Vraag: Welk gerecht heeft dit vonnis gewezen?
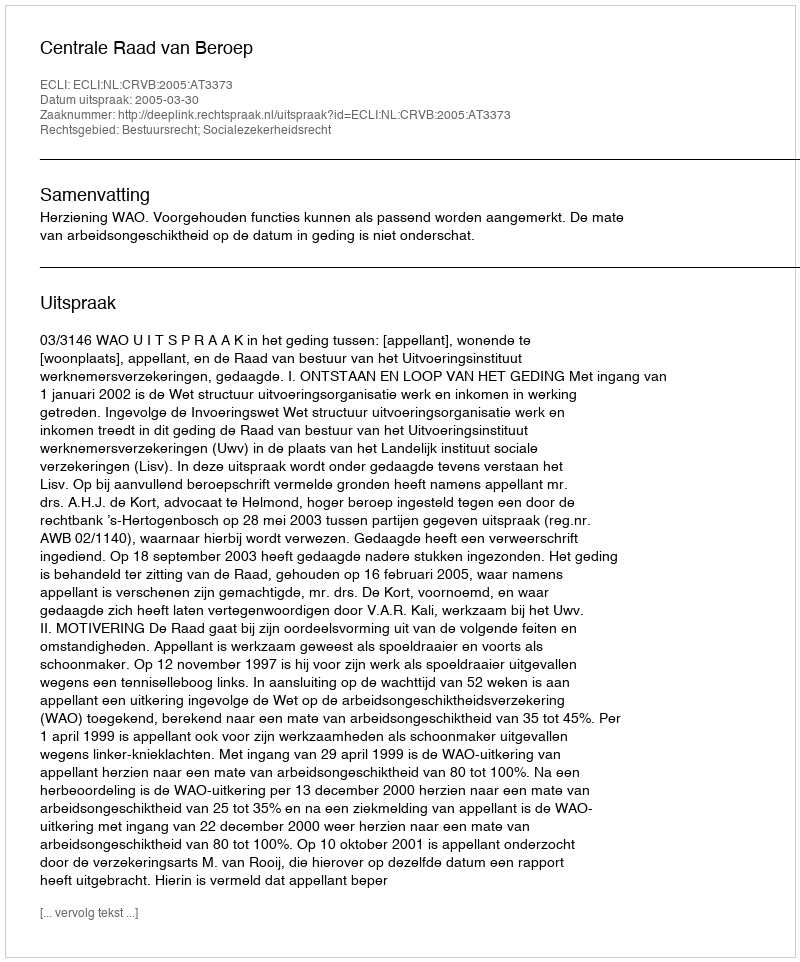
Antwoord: Centrale Raad van Beroep